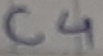
Text: C4